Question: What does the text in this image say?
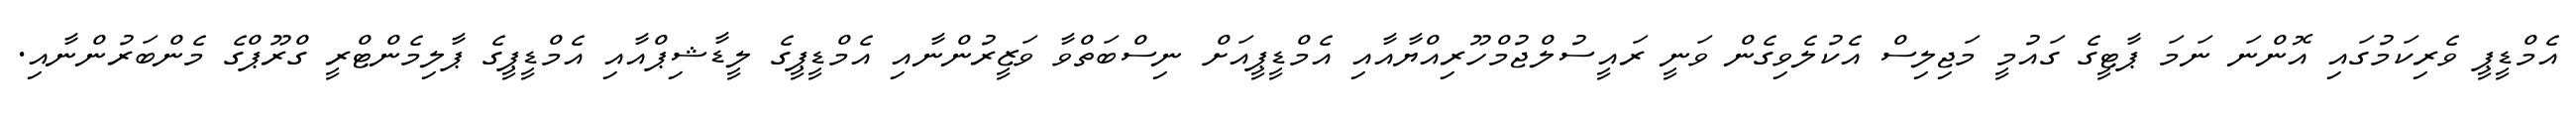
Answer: އެމްޑީޕީ ވެރިކަމުގައި އޮންނަ ނަމަ ޕާޓީގެ ގައުމީ މަޖިލިސް އެކުލެވިގެން ވަނީ ރައީސުލްޖުމްހޫރިއްޔާއާއި އެމްޑީޕީއަށް ނިސްބަތްވާ ވަޒީރުންނާއި އެމްޑީޕީގެ ލީޑާޝިޕްއާއި އެމްޑީޕީގެ ޕާލިމެންޓްރީ ގްރޫޕްގެ މެންބަރުންނާއި.